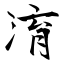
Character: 淯